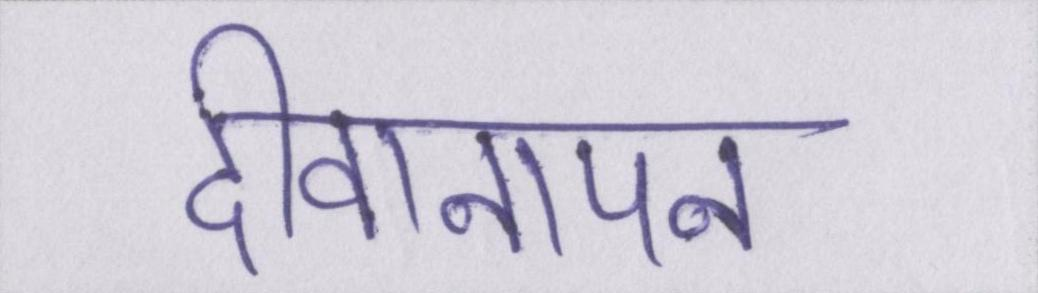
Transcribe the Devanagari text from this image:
दीवानापन